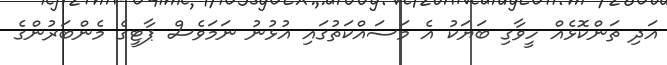
އަދި ތަންކޮޅެއް ހީވާގި ބަޔަކު އެ މަސައްކަތުގައި އުޅުނު ނަމަވެސް ޕާޓީގެ މެންބަރުންގެ